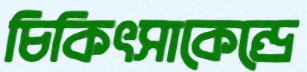
চিকিৎসাকেন্দ্রে